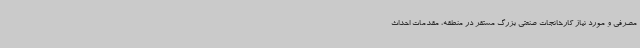
مصرفی و مورد نیاز کارخانجات صنعتی بزرگ مستقر در منطقه، مقدمات احداث